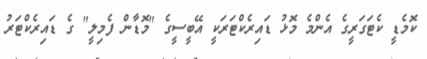
ކޮމެޑީ ކެޓަގަރީގެ އެންމެ މޮޅު ޑައިރެކްޓަރަކީ އޭބީސީގެ "މޮޑާން ފެމިލީ" ގެ ޑައިރެކްޓަރު